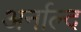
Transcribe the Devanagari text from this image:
अर्नाल्द